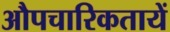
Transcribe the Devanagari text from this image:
औपचारिकतायें